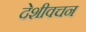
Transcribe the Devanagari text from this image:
देशीवचन